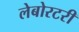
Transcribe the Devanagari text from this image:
लेबोरटरी